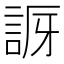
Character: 𧧝